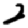
Digit: 2